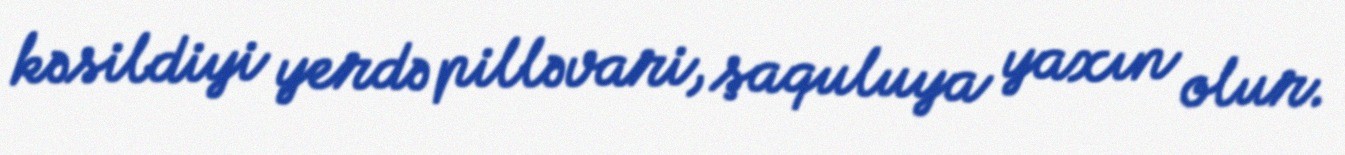
kəsildiyi yerdə pilləvari, şaquluya yaxın olur.